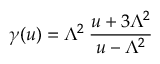
\gamma ( u ) = \Lambda ^ { 2 } \: \frac { u + 3 \Lambda ^ { 2 } } { u - \Lambda ^ { 2 } }